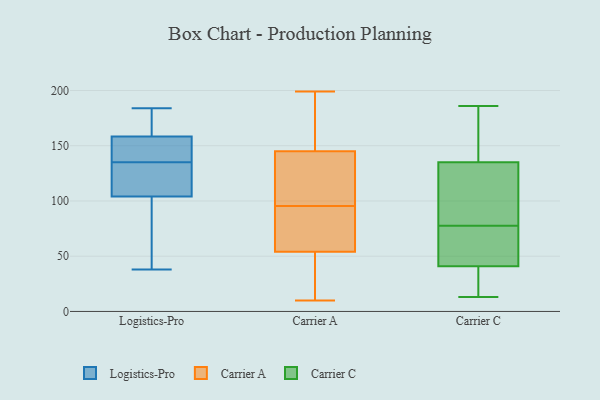
{"axis": {"x": "Production Output", "y": "Value"}, "legend": ["Carrier A", "Carrier C", "Logistics-Pro"], "data": [{"x": "", "y": 170, "type": "Logistics-Pro"}, {"x": "", "y": 151, "type": "Logistics-Pro"}, {"x": "", "y": 101, "type": "Logistics-Pro"}, {"x": "", "y": 156, "type": "Logistics-Pro"}, {"x": "", "y": 141, "type": "Logistics-Pro"}, {"x": "", "y": 128, "type": "Logistics-Pro"}, {"x": "", "y": 113, "type": "Logistics-Pro"}, {"x": "", "y": 67, "type": "Logistics-Pro"}, {"x": "", "y": 70, "type": "Logistics-Pro"}, {"x": "", "y": 165, "type": "Logistics-Pro"}, {"x": "", "y": 38, "type": "Logistics-Pro"}, {"x": "", "y": 125, "type": "Logistics-Pro"}, {"x": "", "y": 159, "type": "Logistics-Pro"}, {"x": "", "y": 184, "type": "Logistics-Pro"}, {"x": "", "y": 135, "type": "Logistics-Pro"}, {"x": "", "y": 79, "type": "Carrier A"}, {"x": "", "y": 164, "type": "Carrier A"}, {"x": "", "y": 35, "type": "Carrier A"}, {"x": "", "y": 104, "type": "Carrier A"}, {"x": "", "y": 140, "type": "Carrier A"}, {"x": "", "y": 145, "type": "Carrier A"}, {"x": "", "y": 10, "type": "Carrier A"}, {"x": "", "y": 199, "type": "Carrier A"}, {"x": "", "y": 28, "type": "Carrier A"}, {"x": "", "y": 176, "type": "Carrier A"}, {"x": "", "y": 178, "type": "Carrier A"}, {"x": "", "y": 122, "type": "Carrier A"}, {"x": "", "y": 87, "type": "Carrier A"}, {"x": "", "y": 54, "type": "Carrier A"}, {"x": "", "y": 79, "type": "Carrier A"}, {"x": "", "y": 77, "type": "Carrier A"}, {"x": "", "y": 40, "type": "Carrier A"}, {"x": "", "y": 140, "type": "Carrier A"}, {"x": "", "y": 56, "type": "Carrier C"}, {"x": "", "y": 41, "type": "Carrier C"}, {"x": "", "y": 80, "type": "Carrier C"}, {"x": "", "y": 186, "type": "Carrier C"}, {"x": "", "y": 175, "type": "Carrier C"}, {"x": "", "y": 23, "type": "Carrier C"}, {"x": "", "y": 135, "type": "Carrier C"}, {"x": "", "y": 13, "type": "Carrier C"}, {"x": "", "y": 30, "type": "Carrier C"}, {"x": "", "y": 146, "type": "Carrier C"}, {"x": "", "y": 75, "type": "Carrier C"}, {"x": "", "y": 118, "type": "Carrier C"}, {"x": "", "y": 74, "type": "Carrier C"}, {"x": "", "y": 115, "type": "Carrier C"}]}